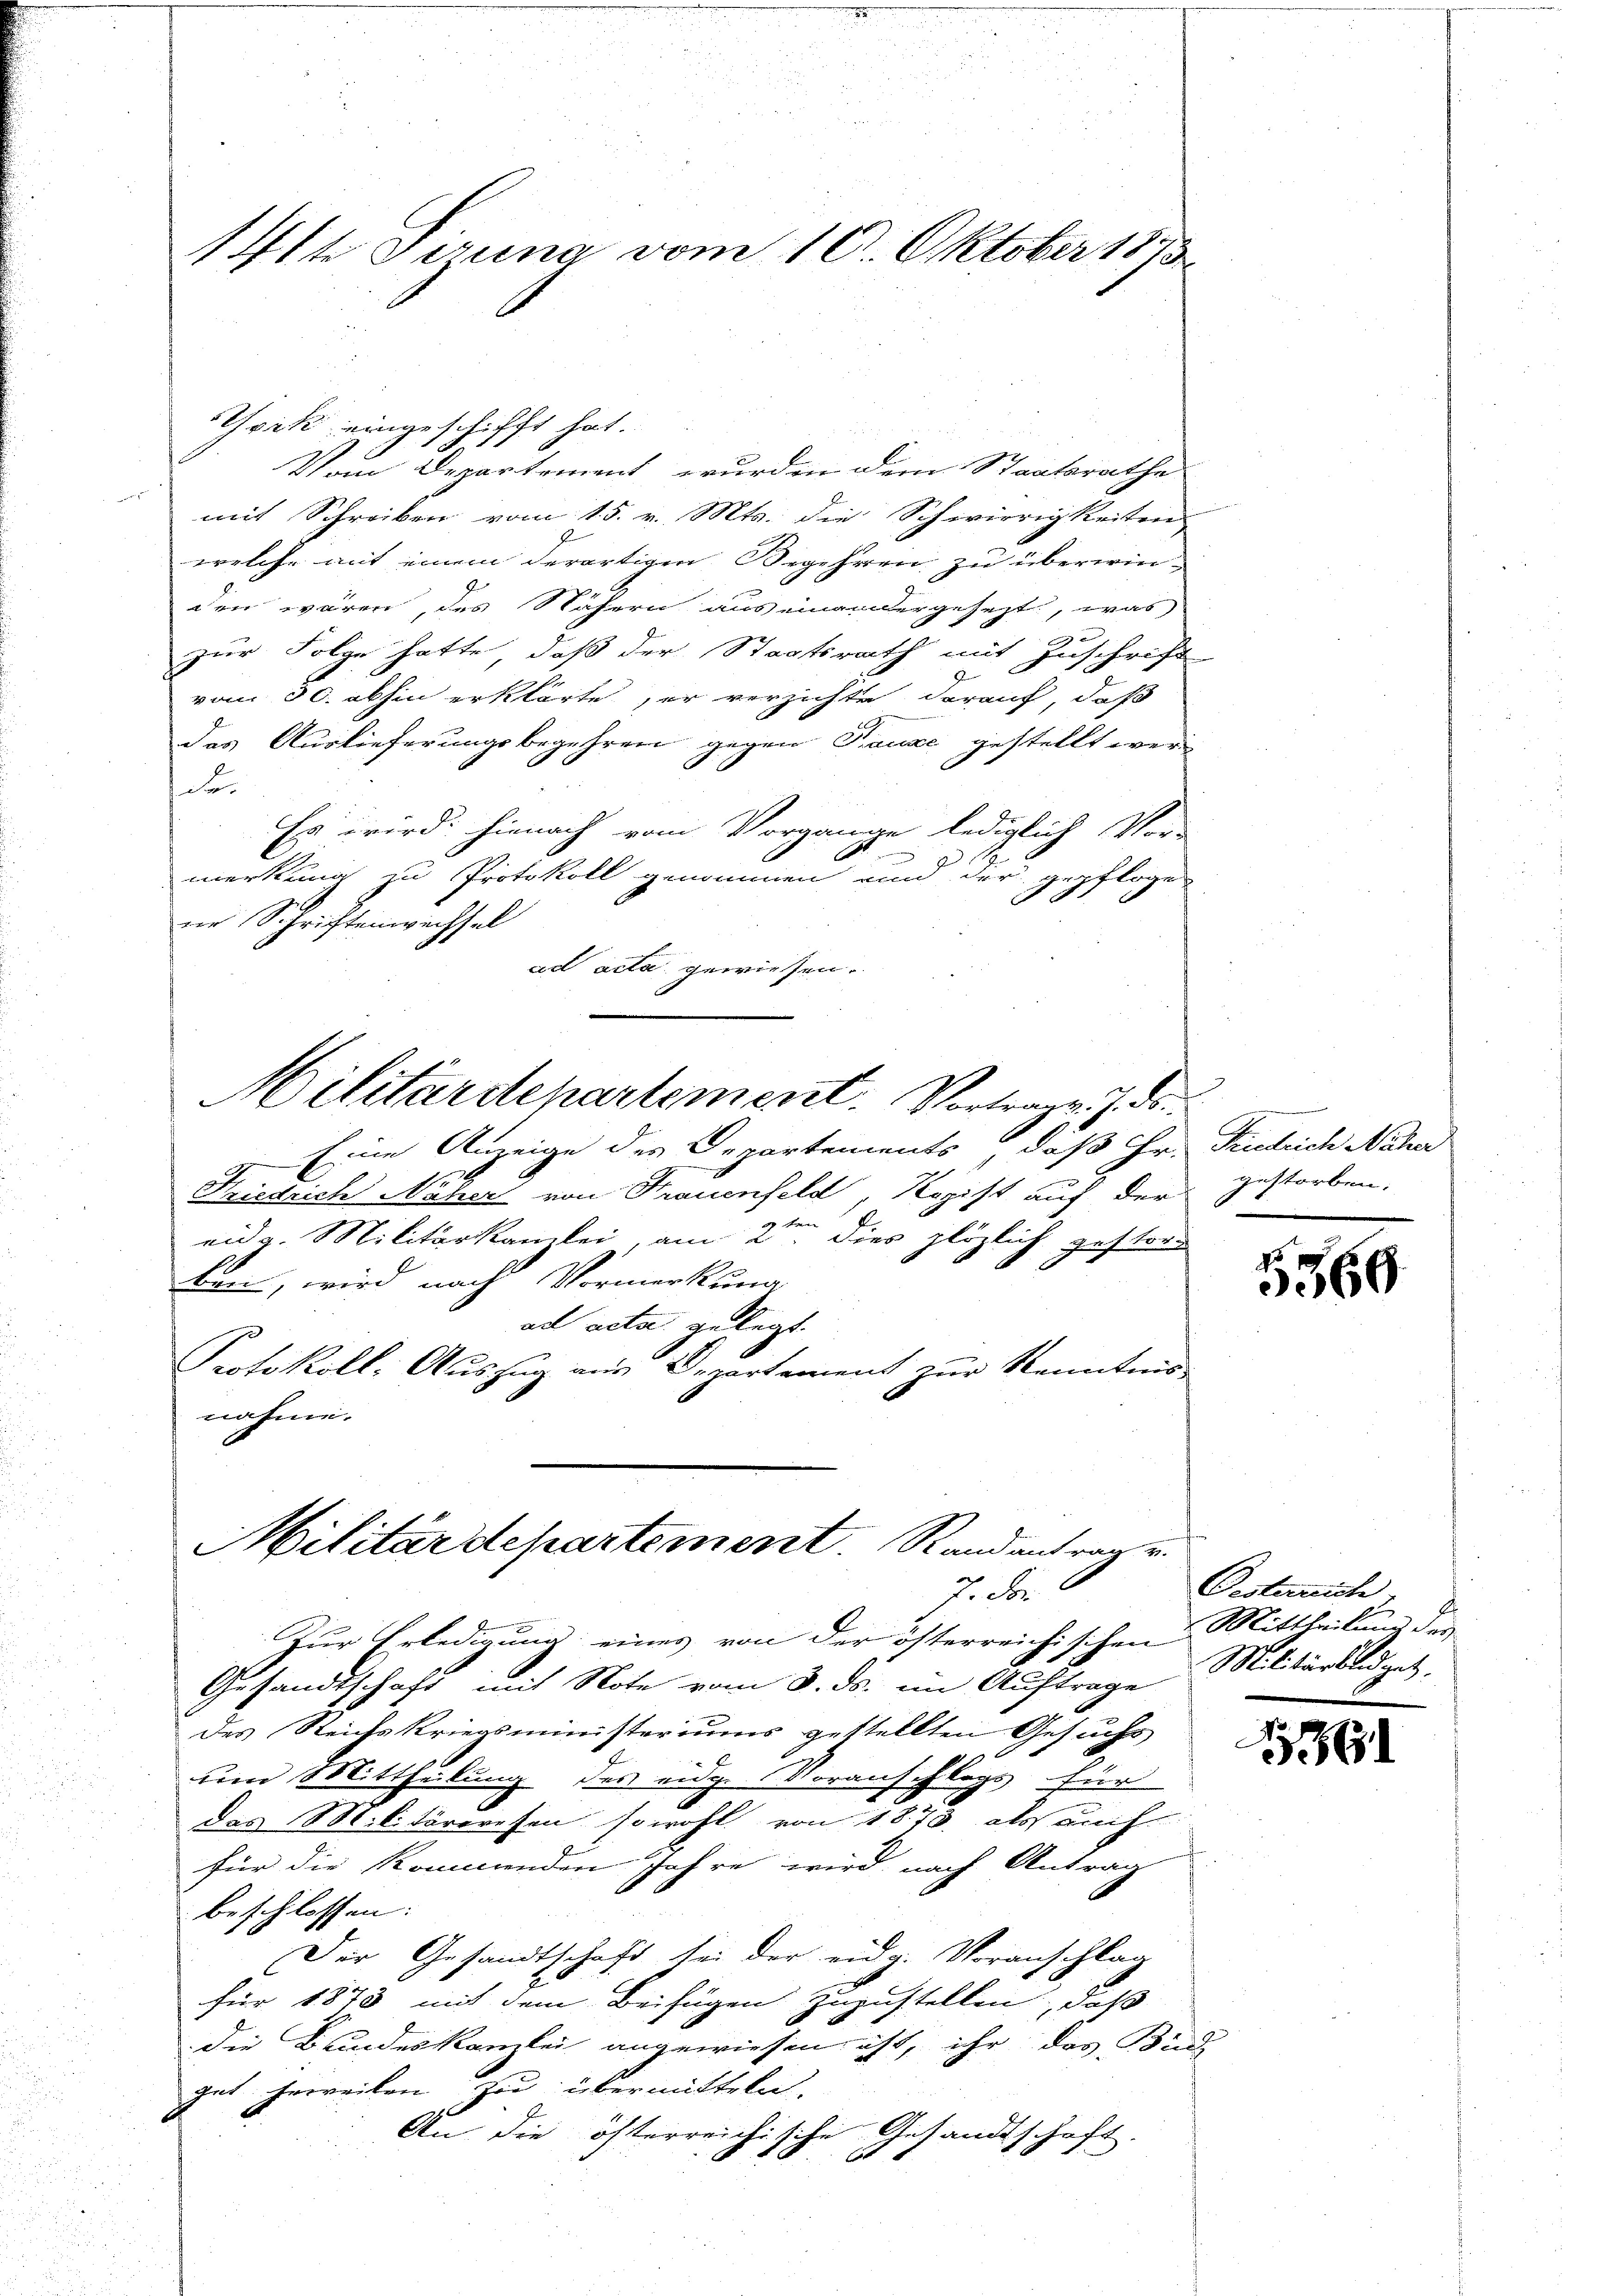
1ste Sina vom 16. Oktober 1873

Trik eingeschifft hat.
.
Vom Departement wurden dem Staatsrathe
mit Schreiben vom 15. v. Mts. die Schwierigkeiten
welche mit einem derartigen Begehren zu überwin-
den wären, des Nähern aus einandergesezt, was
zur Folge hatte, daß der Staatsrath mit Zuschrift-
A
vom 30. abhin erklärte ser verzichte darauf, daß
Das Auslieferungsbegehren gegen Tanze gestellt wer
t
Es wird hienach vom Vorgange lediglich Vor-
g
merkung zu Protokoll genommen und der gepfloge
.
nr Schriftenwechsel
ad acta gewiesen.
Militärdepartement. Vortrag. 7. ds.
4. Eine Anzeige des Departements, daß Hr. Paulich Näher
Kiedrich Näher von Frauenfeld, Regist auf der gestorben.
eidg. Militärkanzlei, am 2ten dies plötzlich gestor
kan, wird nach Vormerkung
ad acta gelegt.
Protokoll-Auszug aus Departement zŭr Kenntnis-
nahme.

Militärdepartement. Randantrage.
7. For
Zur Erledigung eines von der österreichischen Mittheil, der

Gesandtschaft mit Note vom 3. ds. im Auftrage Militärsldzet
des Reichskriegsministeriums gestellten Gesuchs
dem Mittheilung des eidge Voranschlags für
Das Militärwesen sowohl von 1873 als auch
für die kommenden Jahre wird nach Antrag
beschlossen:
Der Gesandtschaft sei der eidg. Voranschlag
für 1873 mit dem Beifügen zuzustellen, daß
die Bundeskanzlei angewiesen ist, ihr das Bund
gut herweilen zu übermitteln.
An die österreichische Gesandtschaft.

6

Oesterrich,

86